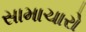
સામાચારો